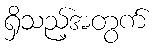
ရှိသည့်အတွက်